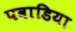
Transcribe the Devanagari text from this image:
पवाडिया